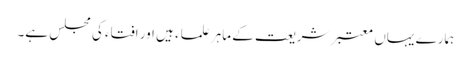
ہمارے یہاں معتبر شریعت کے ماہر علماء ہیں اور افتاء کی مجلس ہے۔